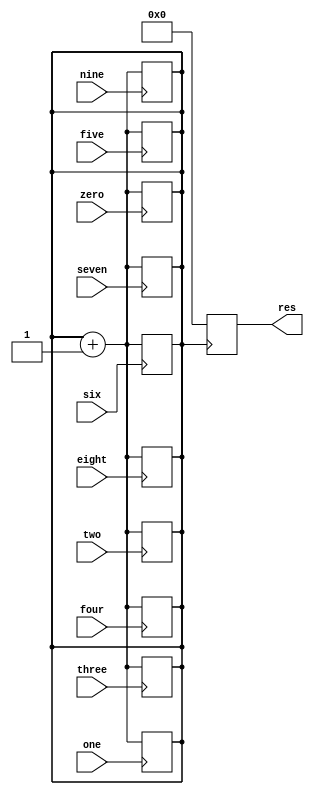
module dec_to_bin  (
					input wire zero, one, two, three, four, five, six, seven, eight, nine,
					output reg[3:0] res
				);

	reg[3:0] intermediate_res;
	reg first_done;

	initial 
	begin
        intermediate_res <= 0;
		first_done <= 0;
	end

	always @(posedge zero)
	begin
		intermediate_res <= intermediate_res*10;
		first_done <= first_done + 1;
	end

	always @(posedge one)
	begin
		intermediate_res <= intermediate_res*10 + 1;
		first_done <= first_done + 1;
	end

	always @(posedge two)
	begin
		intermediate_res <= intermediate_res*10 + 2;
		first_done <= first_done + 1;
	end

	always @(posedge three)
	begin
		intermediate_res <= intermediate_res*10 + 3;
		first_done <= first_done + 1;
	end

	always @(posedge four)
	begin
		intermediate_res <= intermediate_res*10 + 4;
		first_done <= first_done + 1;
	end

	always @(posedge five)
	begin
		intermediate_res <= intermediate_res*10 + 5;
		first_done <= first_done + 1;
	end

	always @(posedge six)
	begin
		intermediate_res <= intermediate_res*10 + 6;
		first_done <= first_done + 1;
	end

	always @(posedge seven)
	begin
		intermediate_res <= intermediate_res*10 + 7;
		first_done <= first_done + 1;
	end

	always @(posedge eight)
	begin
		intermediate_res <= intermediate_res*10 + 8;
		first_done <= first_done + 1;
	end

	always @(posedge nine)
	begin
		intermediate_res <= intermediate_res*10 + 9;
		first_done <= first_done + 1;
	end

	always @(negedge first_done)
	begin
		res <= intermediate_res;
		intermediate_res <= 0;
	end


endmodule